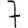
Digit: 7